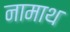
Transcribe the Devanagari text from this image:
नामाथ